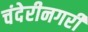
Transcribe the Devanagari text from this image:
चंदेरीनगरी